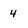
Character: 4